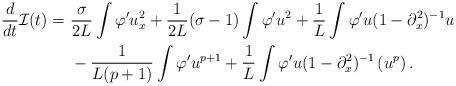
LaTeX: \begin{align*}\begin{aligned}\frac{d}{dt}\mathcal I(t) = &~ \frac{\sigma}{2L} \int \varphi' u_x^2 +\frac{1}{2L} (\sigma-1) \int \varphi' u^2 + \frac{1}{L}\int \varphi' u (1-\partial_x^2)^{-1} u \\&~ {} -\frac1{L(p+1)} \int \varphi' u^{p+1} + \frac{1}{L}\int \varphi' u (1-\partial_x^2)^{-1}\left(u^p\right).\end{aligned}\end{align*}